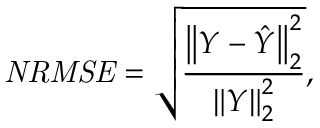
\mathit { N R M S E } = \sqrt { \frac { \left\lVert Y - \hat { Y } \right\rVert _ { 2 } ^ { 2 } } { \left\lVert Y \right\rVert _ { 2 } ^ { 2 } } } ,